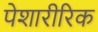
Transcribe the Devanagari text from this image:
पेशारीरिक